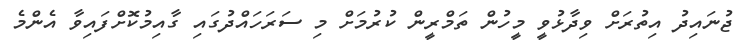
ޖުނައިދު އިތުރަށް ވިދާޅުވީ މީހުން ތަމްރީން ކުރުމަށް މި ސަރަހައްދުގައި ގާއިމުކޮށްފައިވާ އެންމެ